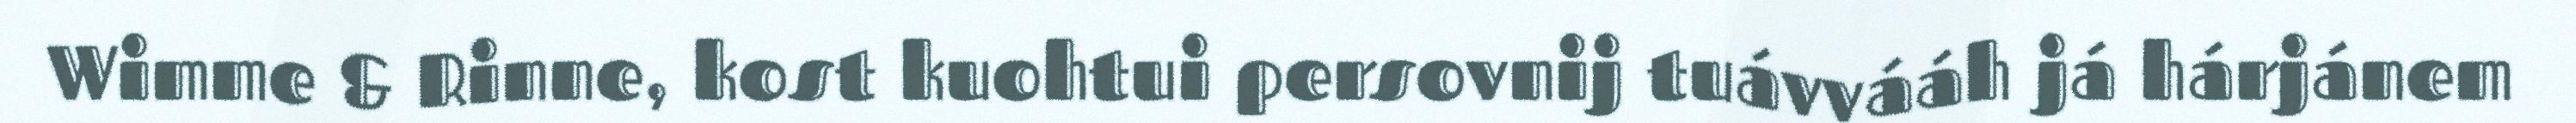
Wimme & Rinne, kost kuohtui persovnij tuávvááh já hárjánem